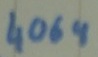
Text: 4069